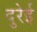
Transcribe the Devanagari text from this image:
दुरेई